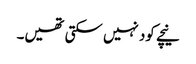
نیچے کود نہیں سکتی تھیں۔